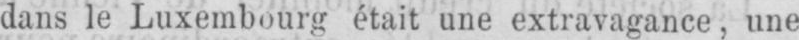
dans le Luxembourg était une extravagance, une